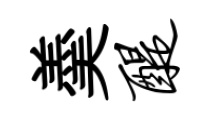
羮醍